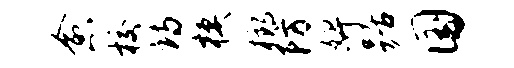
愈校诗模榔防婢踞国